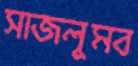
সাজলুমব